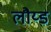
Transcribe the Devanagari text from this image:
लौय्ड